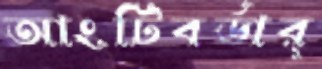
আংটিবর্ডার্